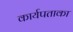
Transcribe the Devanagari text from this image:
कार्यपताका